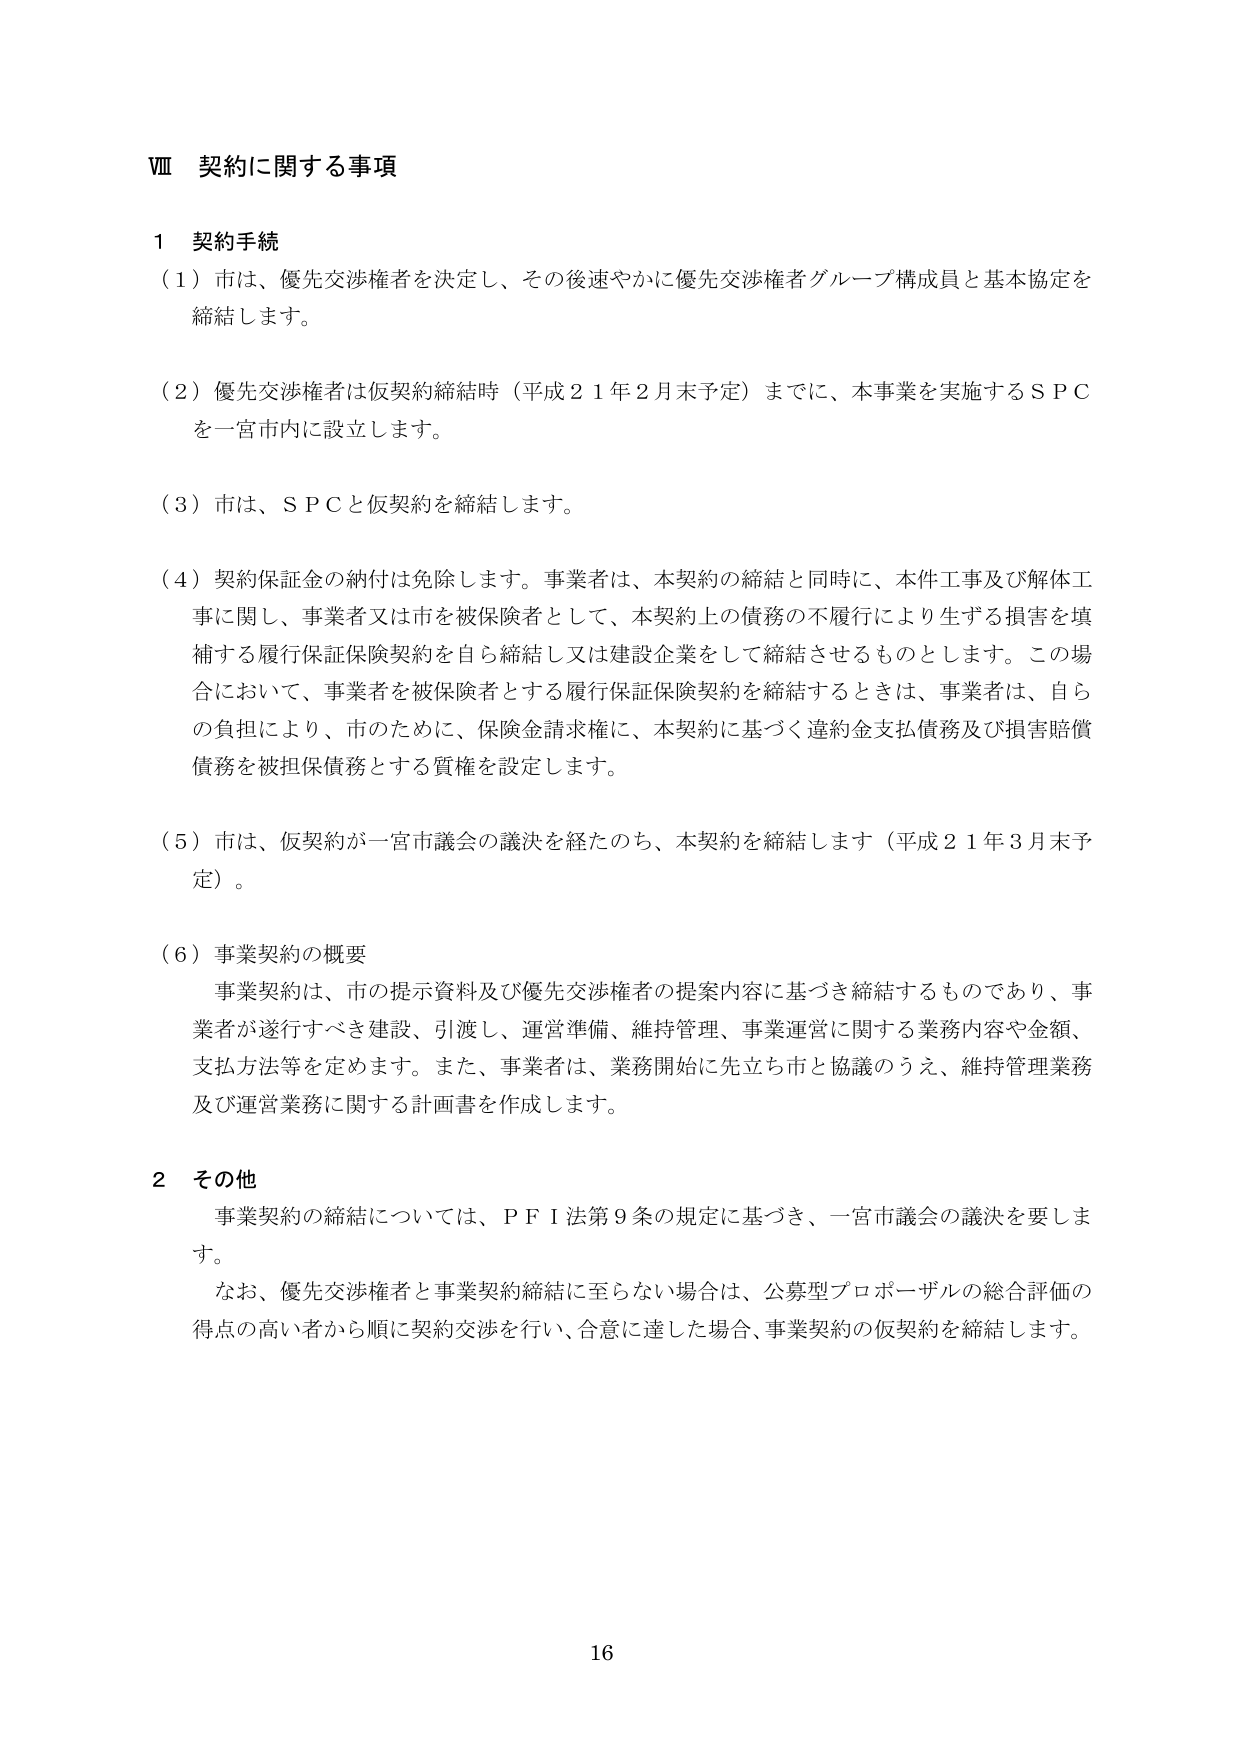
Ⅷ 契約に関する事項

1 契約手続
（1）市は、優先交渉権者を決定し、その後速やかに優先交渉権者グループ構成員と基本協定を締結します。

（2）優先交渉権者は仮契約締結時（平成21年2月末予定）までに、本事業を実施するＳＰＣを一宮市内に設立します。

（3）市は、ＳＰＣと仮契約を締結します。

（4）契約保証金の納付は免除します。事業者は、本契約の締結と同時に、本件工事及び解体工事に関し、事業者又は市を被保険者として、本契約上の債務の不履行により生ずる損害を填補する履行保証保険契約を自ら締結し又は建設企業をして締結させるものとします。この場合において、事業者を被保険者とする履行保証保険契約を締結するときは、事業者は、自らの負担により、市のために、保険金請求権に、本契約に基づく違約金支払債務及び損害賠償債務を被担保債務とする質権を設定します。

（5）市は、仮契約が一宮市議会の議決を経たのち、本契約を締結します（平成21年3月末予定）。

（6）事業契約の概要
事業契約は、市の提示資料及び優先交渉権者の提案内容に基づき締結するものであり、事業者が遂行すべき建設、引渡し、運営準備、維持管理、事業運営に関する業務内容や金額、支払方法等を定めます。また、事業者は、業務開始に先立ち市と協議のうえ、維持管理業務及び運営業務に関する計画書を作成します。

2 その他
事業契約の締結については、ＰＦＩ法第9条の規定に基づき、一宮市議会の議決を要します。
なお、優先交渉権者と事業契約締結に至らない場合は、公募型プロポーザルの総合評価の得点の高い者から順に契約交渉を行い、合意に達した場合、事業契約の仮契約を締結します。

16